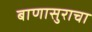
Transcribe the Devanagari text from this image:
बाणासुराचा